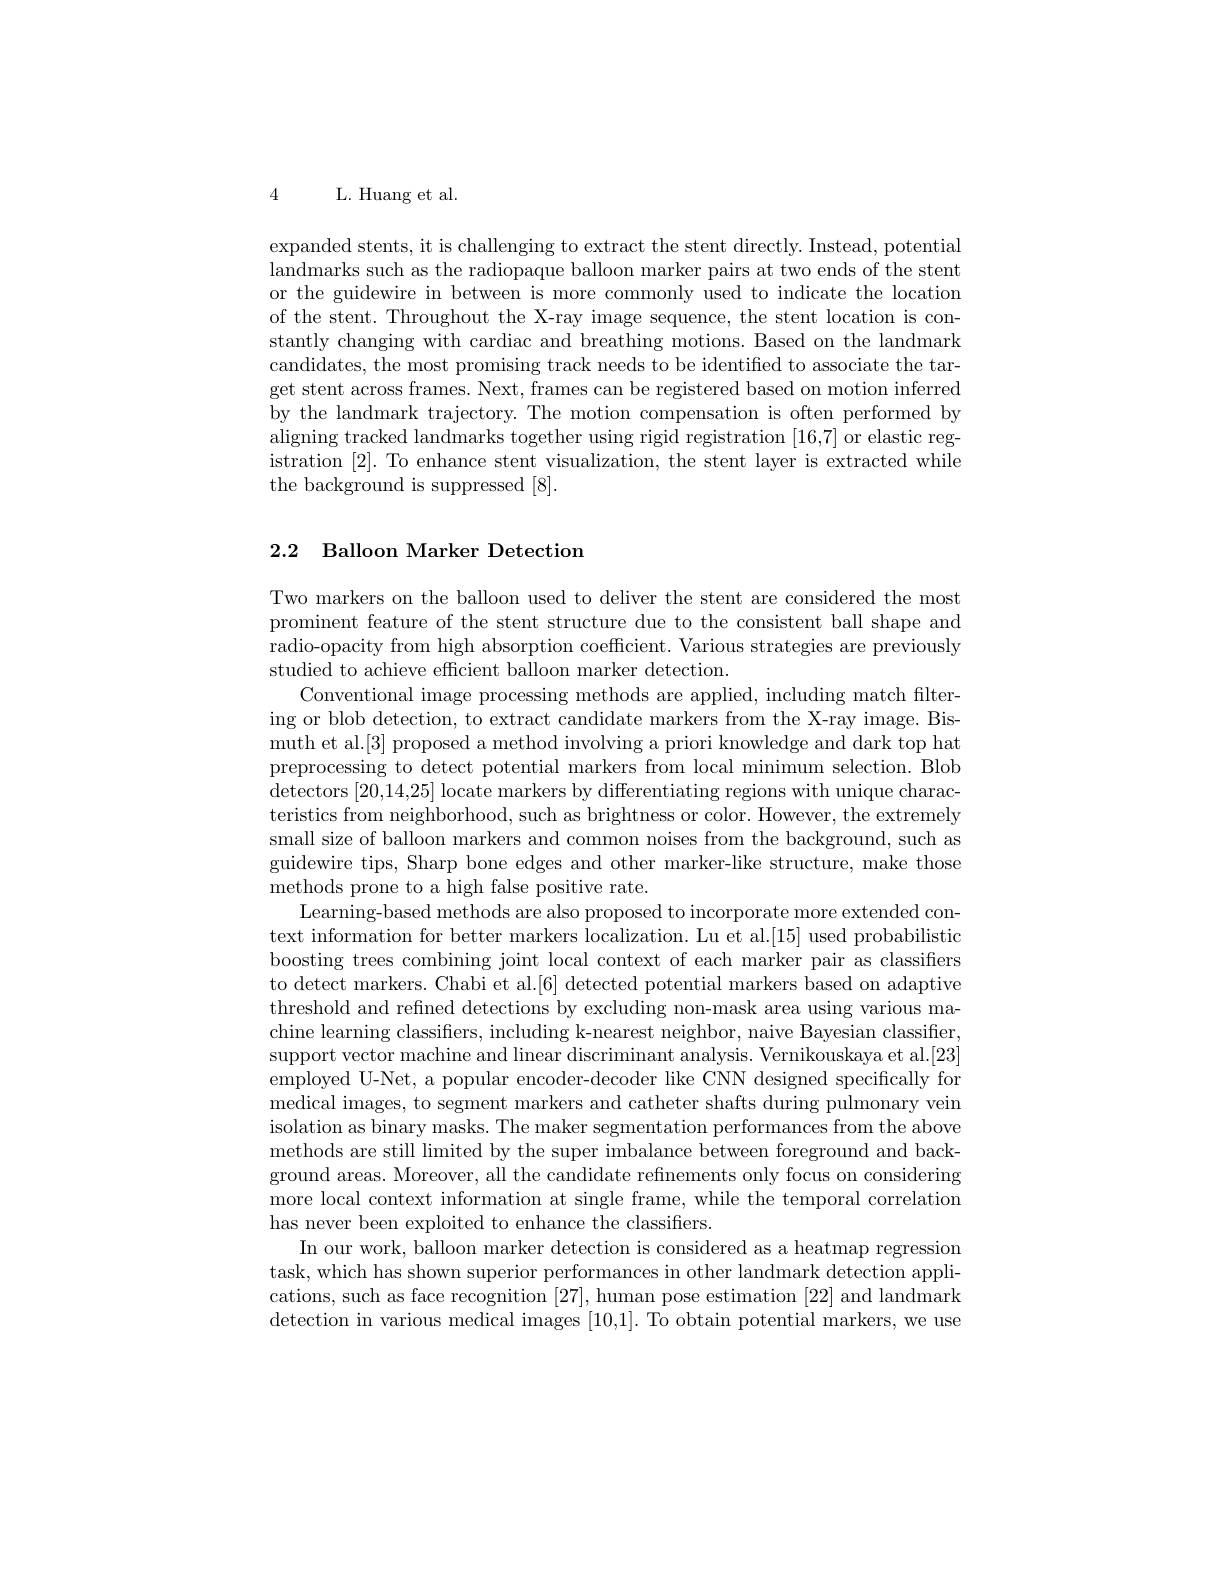
4 L. Huang et al.

expanded stents, it is challenging to extract the stent directly. Instead, potential landmarks such as the radiopaque balloon marker pairs at two ends of the stent or the guidewire in between is more commonly used to indicate the location of the stent. Throughout the X-ray image sequence, the stent location is constantly changing with cardiac and breathing motions. Based on the landmark candidates, the most promising track needs to be identified to associate the target stent across frames. Next, frames can be registered based on motion inferred by the landmark trajectory. The motion compensation is often performed by aligning tracked landmarks together using rigid registration [16,7] or elastic registration [2]. To enhance stent visualization, the stent layer is extracted while the background is suppressed [8].

## 2.2 Balloon Marker Detection

Two markers on the balloon used to deliver the stent are considered the most prominent feature of the stent structure due to the consistent ball shape and radio-opacity from high absorption coefficient. Various strategies are previously studied to achieve efficient balloon marker detection.
Conventional image processing methods are applied, including match filtering or blob detection, to extract candidate markers from the X-ray image. Bismuth et al.[3] proposed a method involving a priori knowledge and dark top hat preprocessing to detect potential markers from local minimum selection. Blob detectors [20,14,25] locate markers by differentiating regions with unique characteristics from neighborhood, such as brightness or color. However, the extremely small size of balloon markers and common noises from the background, such as guidewire tips, Sharp bone edges and other marker-like structure, make those methods prone to a high false positive rate.
Learning-based methods are also proposed to incorporate more extended context information for better markers localization. Lu et al.[15] used probabilistic boosting trees combining joint local context of each marker pair as classifiers to detect markers. Chabi et al.[6] detected potential markers based on adaptive threshold and refined detections by excluding non-mask area using various machine learning classifiers, including k-nearest neighbor, naive Bayesian classiffer, support vector machine and linear discriminant analysis. Vernikouskaya et al.[23] employed U-Net, a popular encoder-decoder like CNN designed specifically for medical images, to segment markers and catheter shafts during pulmonary vein isolation as binary masks. The maker segmentation performances from the above methods are still limited by the super imbalance between foreground and background areas. Moreover, all the candidate refinements only focus on considering more local context information at single frame, while the temporal correlation has never been exploited to enhance the classifiers.
In our work, balloon marker detection is considered as a heatmap regression task, which has shown superior performances in other landmark detection applications, such as face recognition [27],human pose estimation [22] and landmark detection in various medical images [10,1]. To obtain potential markers, we use